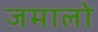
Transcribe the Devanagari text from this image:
जमालो